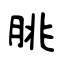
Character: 脁